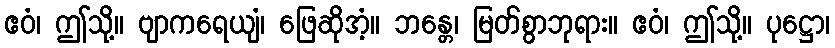
ဧဝံ၊ ဤသို့။ ဗျာကရေယျံ၊ ဖြေဆိုအံ့။ ဘန္တေ၊ မြတ်စွာဘုရား။ ဧဝံ၊ ဤသို့။ ပုဋ္ဌော၊